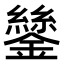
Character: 𨭔